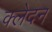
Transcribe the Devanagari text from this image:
क्‍लेदन